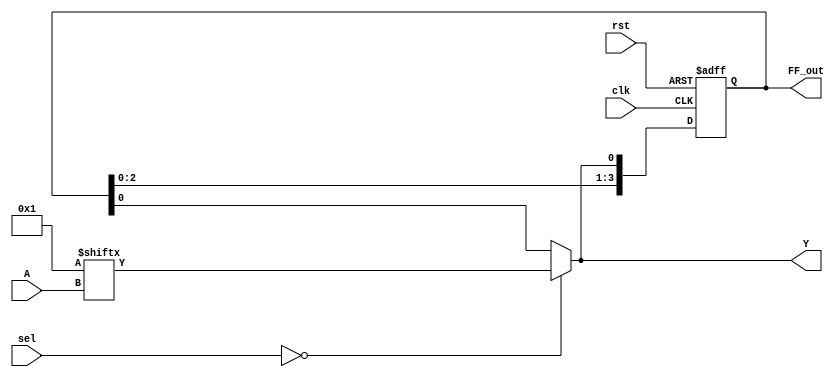
module CLB (
    input wire [3:0] A,          // 4-bit input for LUT
    input wire [1:0] sel,        // 2-bit select for multiplexer
    input wire clk,              // Clock for flip-flops
    input wire rst,              // Reset signal
    output wire Y,               // Output from LUT or flip-flop
    output wire [3:0] FF_out     // Output from flip-flops
);

    // Configuration memory for LUT (4-input)
    reg [15:0] lut_memory; // 16 possible combinations for 4 inputs
    wire lut_out;

    // Initialize LUT with a specific function (example: AND function)
    initial begin
        lut_memory = 16'b0000000000000001; // Example: only output 1 for input 0000
    end

    // LUT implementation
    assign lut_out = lut_memory[{A[3], A[2], A[1], A[0]}];

    // Multiplexer to select between LUT output and flip-flop output
    wire mux_out;
    assign mux_out = (sel == 2'b00) ? lut_out : FF_out[0]; // Example: select LUT or FF0

    // Flip-Flops for storing intermediate results
    reg [3:0] FF; // 4 flip-flops

    always @(posedge clk or posedge rst) begin
        if (rst) begin
            FF <= 4'b0000; // Reset flip-flops
        end else begin
            FF <= {FF[2:0], mux_out}; // Shift in the selected output
        end
    end

    // Output assignments
    assign Y = mux_out; // Output from the multiplexer
    assign FF_out = FF; // Output from flip-flops

endmodule